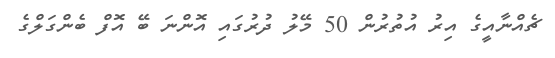
ޗެއްނާއީގެ އިރު އުތުރުން 50 މޭލު ދުރުގައި އޮންނަ ބޭ އޮފް ބެންގަލްގެ